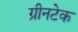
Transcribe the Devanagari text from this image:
ग्रीनटेक